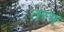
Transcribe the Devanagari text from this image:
तरम